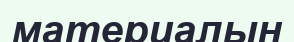
материалын